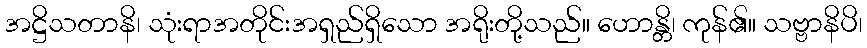
အဋ္ဌိသတာနိ၊ သုံးရာအတိုင်းအရှည်ရှိသော အရိုးတို့သည်။ ဟောန္တိ၊ ကုန်၏။ သဗ္ဗာနိပိ၊